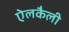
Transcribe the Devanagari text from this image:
ऐलकैली